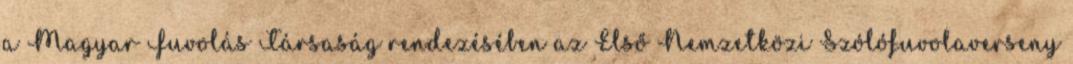
a Magyar Fuvolás Társaság rendezésében az Első Nemzetközi Szólófuvolaverseny